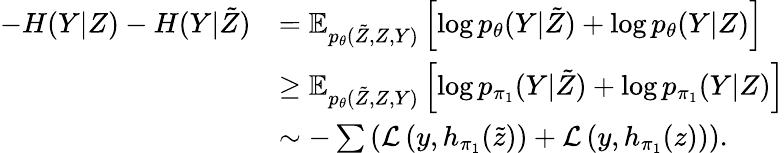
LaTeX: \begin{array}{rl}{-H(Y|Z)-H(Y|\tilde{Z})}&{=\mathbb{E}_{p_{\theta}(\tilde{Z},Z,Y)}\left[\log p_{\theta}(Y|\tilde{Z})+\log p_{\theta}(Y|Z)\right]}\\ &{\ge\mathbb{E}_{p_{\theta}(\tilde{Z},Z,Y)}\left[\log p_{\pi_{1}}(Y|\tilde{Z})+\log p_{\pi_{1}}(Y|Z)\right]}\\ &{\sim-\sum\left(\mathcal{L}\left(y,h_{\pi_{1}}(\tilde{z})\right)+\mathcal{L}\left(y,h_{\pi_{1}}(z)\right)\right).}\end{array}